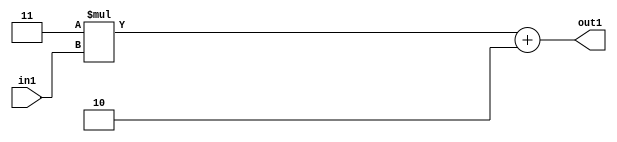
`timescale 1ps / 1ps
/*****************************************************************************
    Verilog RTL Description
    
    
    Created by: Stratus DpOpt 2019.1.01 
*******************************************************************************/

module DC_Filter_Add2i2Mul2i3u2_1 (
	in1,
	out1
	); /* architecture "behavioural" */ 
input [1:0] in1;
output [3:0] out1;
wire [3:0] asc001;

wire [3:0] asc001_tmp_0;
assign asc001_tmp_0 = 
	+(4'B0011 * in1);
assign asc001 = asc001_tmp_0
	+(4'B0010);

assign out1 = asc001;
endmodule

/* CADENCE  ubb4Qg8= : u9/ySgnWtBlWxVPRXgAZ4Og= ** DO NOT EDIT THIS LINE ******/